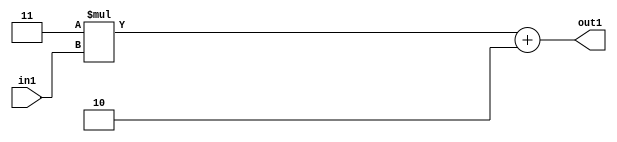
`timescale 1ps / 1ps
/*****************************************************************************
    Verilog RTL Description
    
    
    Created by: Stratus DpOpt 2019.1.01 
*******************************************************************************/

module DC_Filter_Add2i2Mul2i3u2_1 (
	in1,
	out1
	); /* architecture "behavioural" */ 
input [1:0] in1;
output [3:0] out1;
wire [3:0] asc001;

wire [3:0] asc001_tmp_0;
assign asc001_tmp_0 = 
	+(4'B0011 * in1);
assign asc001 = asc001_tmp_0
	+(4'B0010);

assign out1 = asc001;
endmodule

/* CADENCE  ubb4Qg8= : u9/ySgnWtBlWxVPRXgAZ4Og= ** DO NOT EDIT THIS LINE ******/